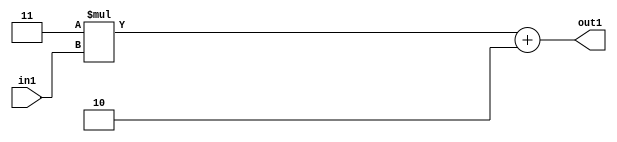
`timescale 1ps / 1ps
/*****************************************************************************
    Verilog RTL Description
    
    
    Created by: Stratus DpOpt 2019.1.01 
*******************************************************************************/

module DC_Filter_Add2i2Mul2i3u2_1 (
	in1,
	out1
	); /* architecture "behavioural" */ 
input [1:0] in1;
output [3:0] out1;
wire [3:0] asc001;

wire [3:0] asc001_tmp_0;
assign asc001_tmp_0 = 
	+(4'B0011 * in1);
assign asc001 = asc001_tmp_0
	+(4'B0010);

assign out1 = asc001;
endmodule

/* CADENCE  ubb4Qg8= : u9/ySgnWtBlWxVPRXgAZ4Og= ** DO NOT EDIT THIS LINE ******/